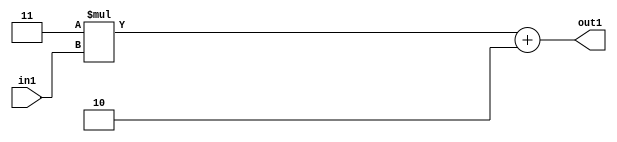
`timescale 1ps / 1ps
/*****************************************************************************
    Verilog RTL Description
    
    
    Created by: Stratus DpOpt 2019.1.01 
*******************************************************************************/

module DC_Filter_Add2i2Mul2i3u2_1 (
	in1,
	out1
	); /* architecture "behavioural" */ 
input [1:0] in1;
output [3:0] out1;
wire [3:0] asc001;

wire [3:0] asc001_tmp_0;
assign asc001_tmp_0 = 
	+(4'B0011 * in1);
assign asc001 = asc001_tmp_0
	+(4'B0010);

assign out1 = asc001;
endmodule

/* CADENCE  ubb4Qg8= : u9/ySgnWtBlWxVPRXgAZ4Og= ** DO NOT EDIT THIS LINE ******/